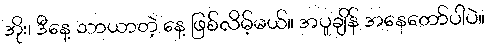
အိုး၊ ဒီနေ့ သာယာတဲ့ နေ့ ဖြစ်လိမ့်မယ်။ အပူချိန် အနေတော်ပါပဲ။